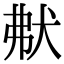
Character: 𤝟